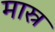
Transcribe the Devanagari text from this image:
मास्र